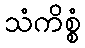
သံကိစ္စံ